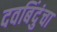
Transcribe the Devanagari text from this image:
दवबिंदुंचा